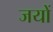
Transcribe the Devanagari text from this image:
जयों